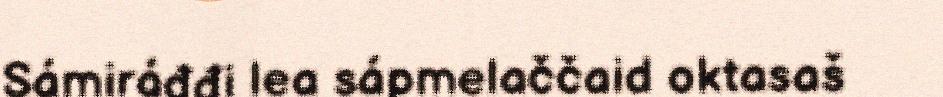
Sámiráđđi lea sápmelaččaid oktasaš